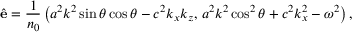
\hat { \mathbf { e } } = \frac { 1 } { n _ { 0 } } \left( a ^ { 2 } k ^ { 2 } \sin \theta \cos \theta - c ^ { 2 } k _ { x } k _ { z } , \, a ^ { 2 } k ^ { 2 } \cos ^ { 2 } \theta + c ^ { 2 } k _ { x } ^ { 2 } - \omega ^ { 2 } \right) ,